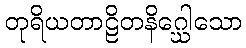
တုရိယတာဠိတနိဂ္ဃေါသော